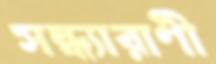
সন্ধ্যারাণী